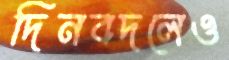
দিনবদলেও